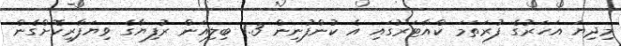
މިދިޔަ އަހަރުގެ ފުރަތަމަ ކްއާޓަރުގައި އެ ކުންފުނިން 1.3 ބިލިއަން ރުފިޔާގެ ވިޔަފާރިކޮށްގެން